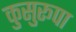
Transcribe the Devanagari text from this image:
कुसुरूपा